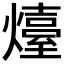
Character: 𤐽